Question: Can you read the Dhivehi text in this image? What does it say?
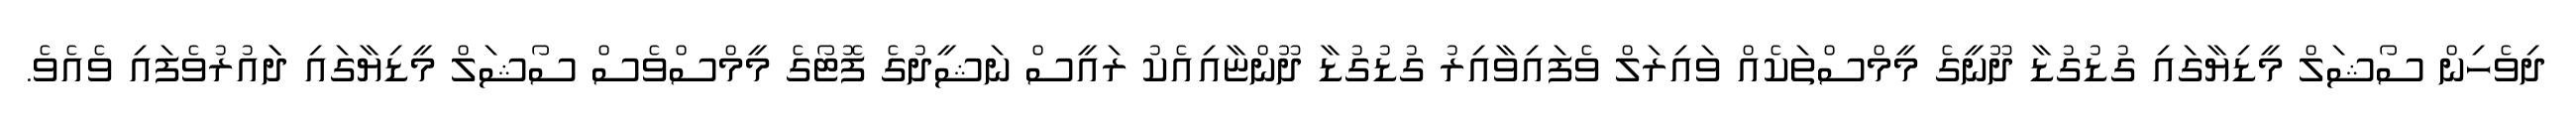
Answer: ދިވެހިން ސޯޝަލް މީޑިޔާގައި ގުޑުގުޑާ ދޫނީގެ މީމްސްތަކެއް ވައިރަލް ވެފައިވާއިރު ގުޑުގުޑާ ދޫންޏާއިއެކު ރައީސް ނަޝީދުގެ ފޮޓޯގެ މީމްސްވެސް ސޯޝަލް މީޑިޔާގައި ދަައުރުވެފައި ވެއެވެ.